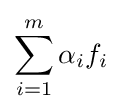
\sum _{i=1}^{m}\alpha _{i}f_{i}